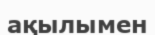
ақылымен